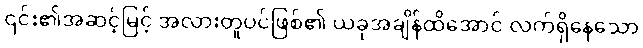
၎င်း၏အဆင့်မြင့် အလားတူပင်ဖြစ်၏ ယခုအချိန်ထိအောင် လက်ရှိနေသော